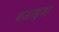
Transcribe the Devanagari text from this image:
बजाड़ना